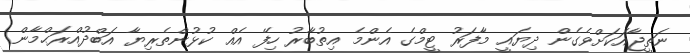
ނަތީޖާއަކަށްވެގެން ދިޔައީ މާފަރު ޓީމްގެ އެންމެ އިތުބާރު ހިފޭ އެއް ކުޅުންތެރިޔާ އަބްދުއްރަޙްމާން